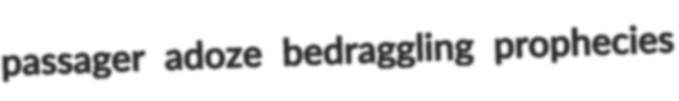
passager adoze bedraggling prophecies